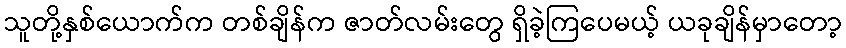
သူတို့နှစ်ယောက်က တစ်ချိန်က ဇာတ်လမ်းတွေ ရှိခဲ့ကြပေမယ့် ယခုချိန်မှာတော့